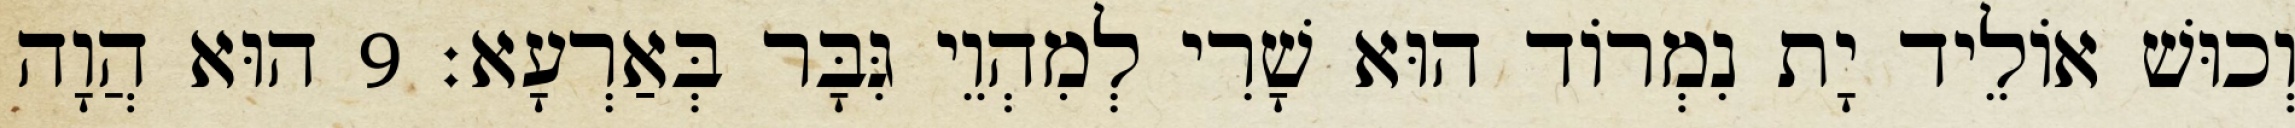
וְכוּשׁ אוֹלֵיד יָת נִמְרוֹד הוּא שָׁרִי לְמִהְוֵי גִּבָּר בְּאַרְעָא׃ 9 הוּא הֲוָה